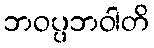
ဘဝပ္ပဘဝါတိ